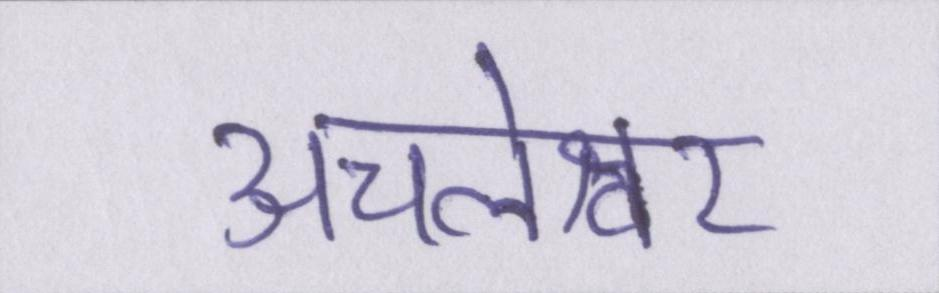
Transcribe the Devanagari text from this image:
अचलेश्वर